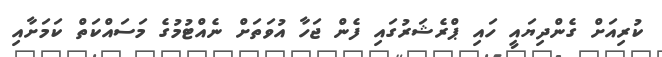
ކުރިއަށް ގެންދިޔައީ ހައި ޕްރެޝަރުގައި ފެން ޖަހާ އުވަތަށް ނެއްޓުމުގެ މަަސައްކަތް ކަމަށާއި